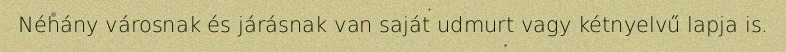
Néhány városnak és járásnak van saját udmurt vagy kétnyelvű lapja is.